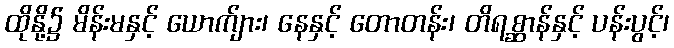
ထိုနို့၌ မိန်းမနှင့် ယောက်ျား၊ နေနှင့် တောတန်း၊ တိရစ္ဆာန်နှင့် ပန်းပွင့်၊